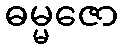
ဓမ္မဇော